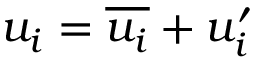
u _ { i } = \overline { { u _ { i } } } + u _ { i } ^ { \prime }